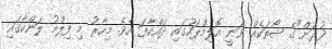
ދުރަށް"ގެ ޝޯތަކެއް ވަނީ އޮލިމްޕަހުގައި ދައްކާފަ އެވެ. މިހާރު މި ފިލްމު ލަންކާގައި